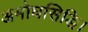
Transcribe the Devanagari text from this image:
अमोघसिद्धि।